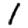
Digit: 1